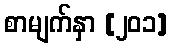
စာမျက်နှာ [၂၀၁]